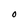
Character: O